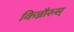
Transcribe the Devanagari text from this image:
किन्नौरुस्